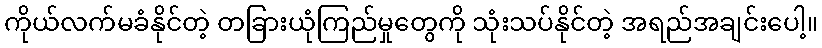
ကိုယ်လက်မခံနိုင်တဲ့ တခြားယုံကြည်မှုတွေကို သုံးသပ်နိုင်တဲ့ အရည်အချင်းပေါ့။